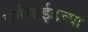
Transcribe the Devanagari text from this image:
बर्नसाईडच्या